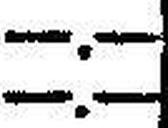
—.—